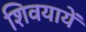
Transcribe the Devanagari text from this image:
शिवयायें